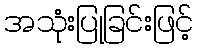
အသုံးပြုခြင်းဖြင့်